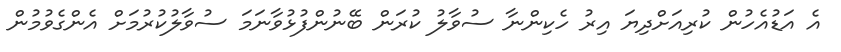
އެ އަޑުއެހުން ކުރިއަށްދިޔަ އިރު ހެކިންނާ ސުވާލު ކުރަން ބޭނުންފުޅުވާނަމަ ސުވާލުކުރުމަށް އެންގެވުމުން